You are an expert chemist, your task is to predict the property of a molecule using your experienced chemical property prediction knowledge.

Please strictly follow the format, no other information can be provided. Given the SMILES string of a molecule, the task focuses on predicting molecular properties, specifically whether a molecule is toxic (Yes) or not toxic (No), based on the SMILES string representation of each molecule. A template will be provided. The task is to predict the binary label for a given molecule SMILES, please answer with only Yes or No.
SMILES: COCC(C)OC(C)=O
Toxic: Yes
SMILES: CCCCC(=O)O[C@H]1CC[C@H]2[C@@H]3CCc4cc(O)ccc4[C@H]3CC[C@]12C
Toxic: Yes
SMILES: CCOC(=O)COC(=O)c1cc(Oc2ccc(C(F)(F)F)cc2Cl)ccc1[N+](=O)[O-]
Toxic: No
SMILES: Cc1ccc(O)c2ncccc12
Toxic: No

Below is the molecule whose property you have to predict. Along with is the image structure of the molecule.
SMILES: COc1cccc(Br)c1
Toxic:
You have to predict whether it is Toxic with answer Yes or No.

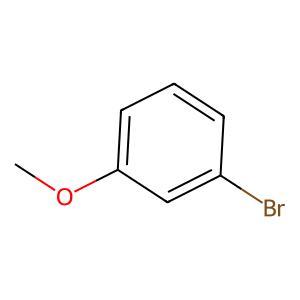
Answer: No